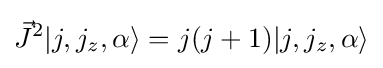
{\vec {J}}^{2}|j,j_{z},\alpha \rangle =j(j+1)|j,j_{z},\alpha \rangle